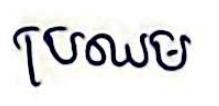
ប្រឈម